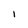
Character: 1